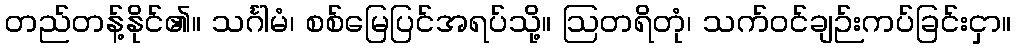
တည်တန့်နိုင်၏။ သင်္ဂါမံ၊ စစ်မြေပြင်အရပ်သို့။ ဩတရိတုံ၊ သက်ဝင်ချဉ်းကပ်ခြင်းငှာ။